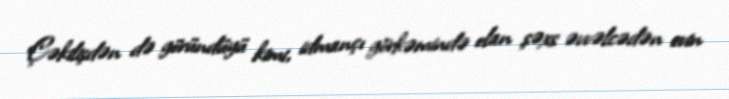
Çəkilişdən də göründüyü kimi, idmançı görkəmində olan şəxs əvvəlcədən evin